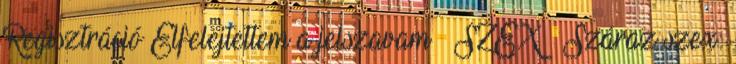
Regisztráció Elfelejtettem a jelszavam SZEX Száraz szex: